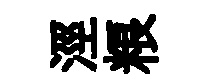
涇粮